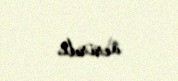
verirdi.